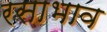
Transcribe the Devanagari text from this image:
रसाभाव